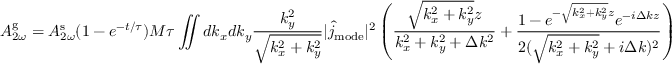
A _ { 2 \omega } ^ { \mathrm { g } } = A _ { 2 \omega } ^ { \mathrm { s } } ( 1 - e ^ { - t / \tau } ) M \tau \iint d k _ { x } d k _ { y } \frac { k _ { y } ^ { 2 } } { \sqrt { k _ { x } ^ { 2 } + k _ { y } ^ { 2 } } } | \hat { j } _ { \mathrm { m o d e } } | ^ { 2 } \left( \frac { \sqrt { k _ { x } ^ { 2 } + k _ { y } ^ { 2 } } z } { k _ { x } ^ { 2 } + k _ { y } ^ { 2 } + \Delta k ^ { 2 } } + \frac { 1 - e ^ { - \sqrt { k _ { x } ^ { 2 } + k _ { y } ^ { 2 } } z } e ^ { - i \Delta k z } } { 2 ( \sqrt { k _ { x } ^ { 2 } + k _ { y } ^ { 2 } } + i \Delta k ) ^ { 2 } } \right)